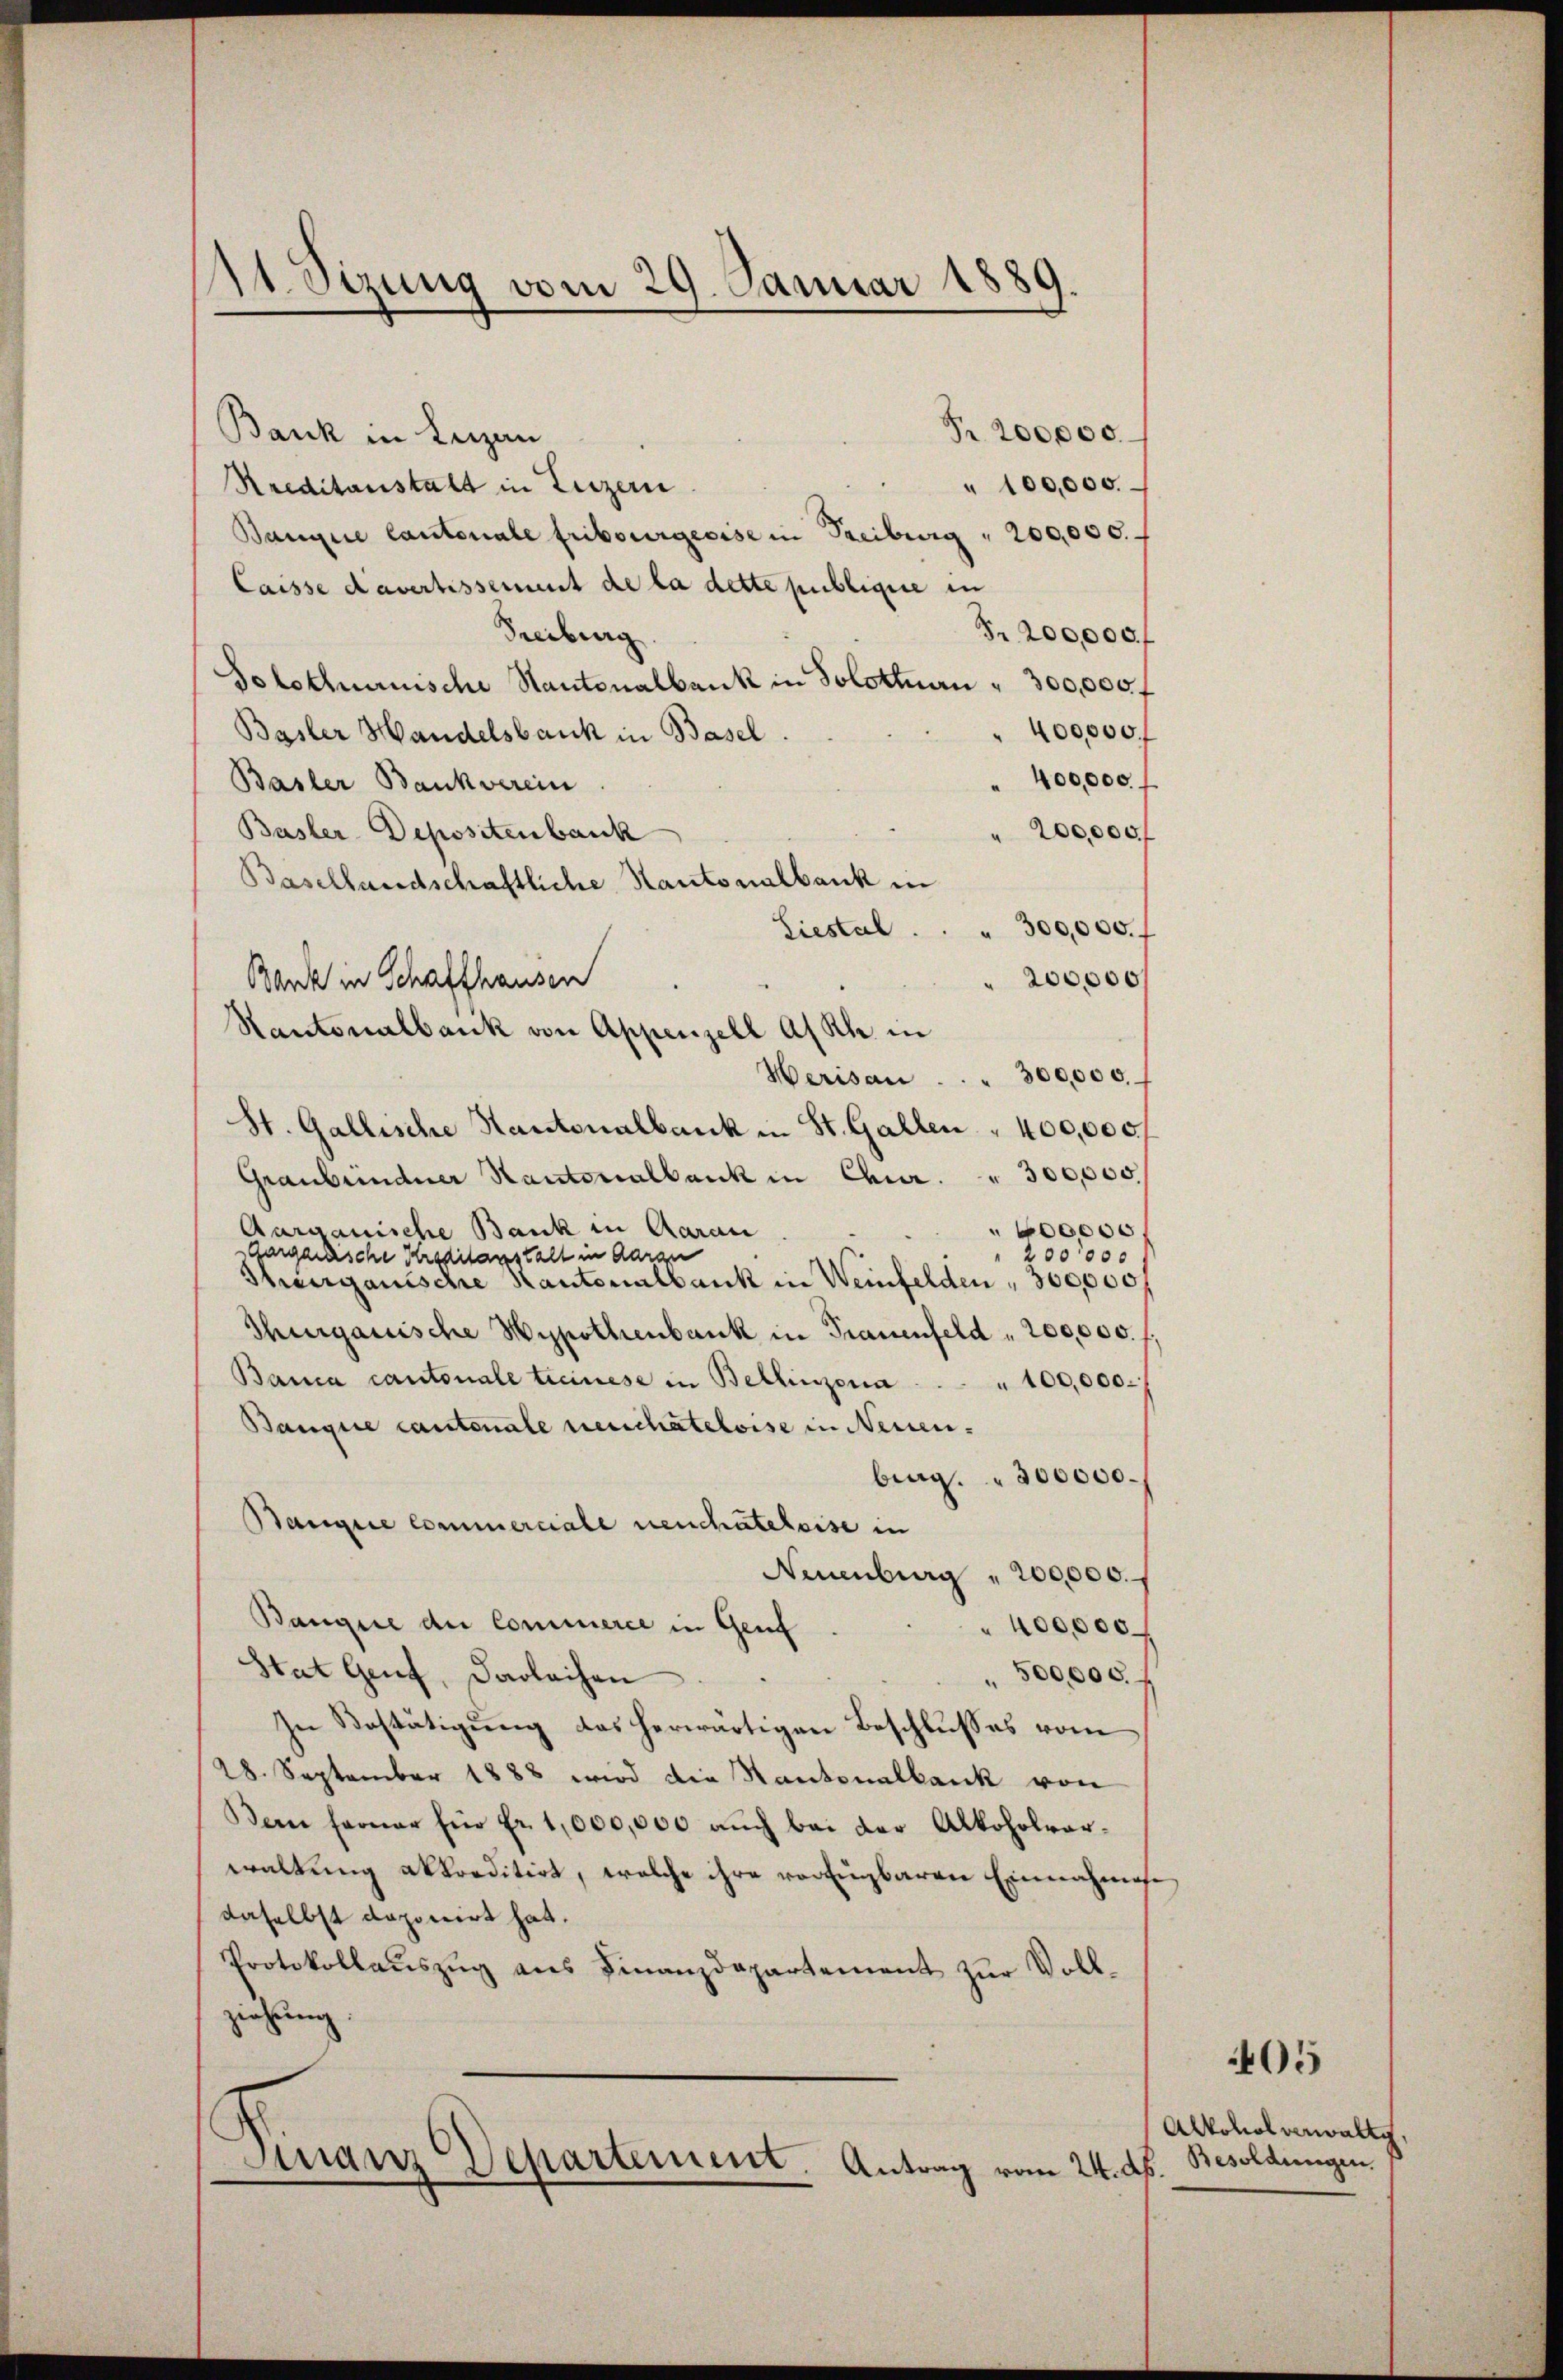
11. Sizung vom 29. Januar 1889.

Pr. 200,000.
Bank in Leizan
" 100,000.
Kreditanstalt in Luzern
Bangire lautenale Fribourgeoise in Freiburg  200,000.
Caisse davertissement de la dette publique in
Fr. 200,000 f
Freiburg
Solothurnische Kantonalbank in Solottnau " 300,000 f
400,000
Basler Handelsbank in Basel
" 400,000.
Basler Bankverein
Basler-Depositenbauk
200,000f
Basellandschaftliche Kantonalbank in
" 300,000. f
Liestal
200,000
Banke in Schaffhausen
Rantonalbank von Appenzell A/Rh. in
Herisau  .. . . 300,000.
St. Gallische Kantonalbank in St. Gallen " 400,000f
Graubündner Kantonalbank in Chur . " 300,000.
Aargauische Bank in Aarau
00000
Gargarsche Kreditanstalt in darau
200000
Thurgauische Kantonalbank in Weinfelden, 300,000
Thurgauische Hypothenbank in Trauenfeld = 200,000. f
Banca cantonale tecinese in Bellinzona . . . . 100,000.
Bangire cantonale neuchateloise in Neuen.
brag. 300000.
Bangire commerciale neuchateloise in
Neuenburg " 200,000.
Banque der Commerce in Genf
400,000
Stat Genf, darlachen
" 500,000. f
In Bestätigung des herwärtigen Beschlusses vom
28. September 1888 wird die Kantonalbank von
Bern ferner Ein fr. 1,000,000 aŭch bei der Alkoholvar-
waltung akkreditirt, welche ihre vorzugbaren Einnahmese
daselbst doponirt hat.
Protokollauszug aus Finanzdepartement zur Vollziehung.
Finanz Departement. Antrag vom 24. ds.

405

Alkohol verwalte.
Besoldungen.